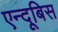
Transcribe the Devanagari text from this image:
एन्दूबिस